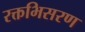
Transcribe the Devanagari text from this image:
रक्तभिसरण